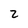
Character: 2